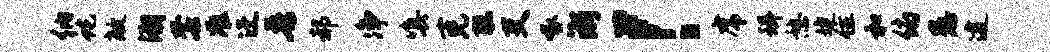
纳蛇敞溯套准迂吾郝净嗔克聪吏啄浙！虎珥憩婕住和俯愚逮